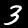
Label: 3